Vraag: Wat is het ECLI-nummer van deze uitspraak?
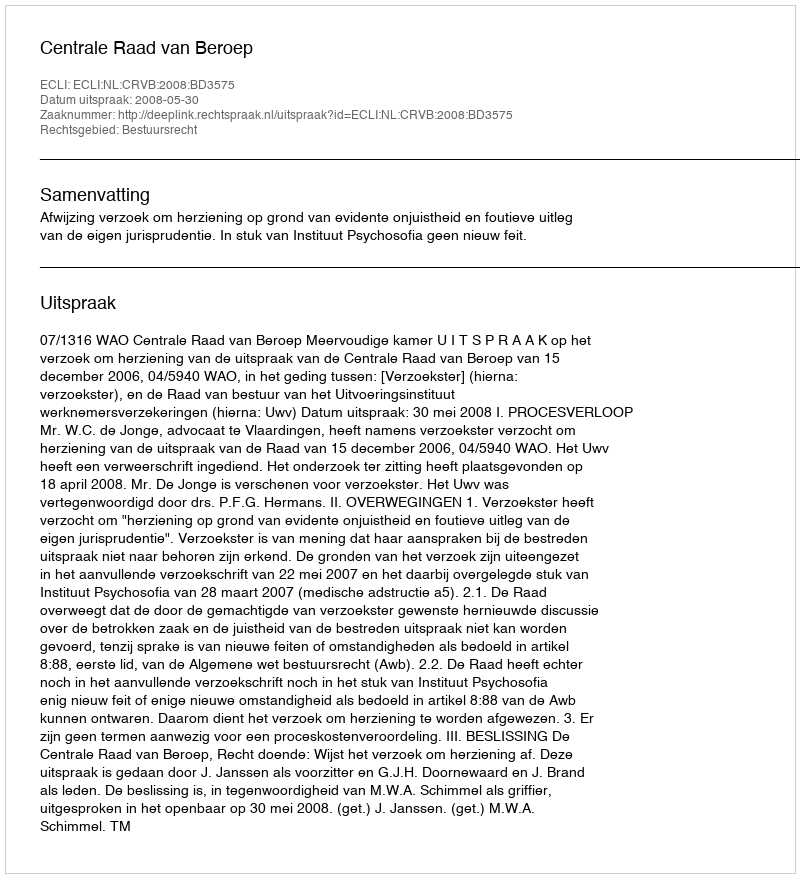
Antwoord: ECLI:NL:CRVB:2008:BD3575